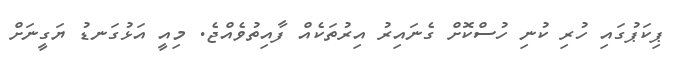
ޕިކަޕުގައި ހުރި ކުނި ހުސްކޮށް ގެނައިރު އިރުތަކެއް ފާއިތުވެއްޖެ. މިއީ އަޅުގަނޑު ޔަގީނަށް